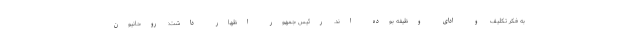
به فکر تکلیف و ادای وظیفه بوده اند. رئیس جمهور اظهار داشت: روحانیون